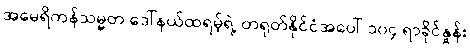
အမေရိကန်သမ္မတ ဒေါ်နယ်ထရမ့်ရဲ့ တရုတ်နိုင်ငံအပေါ် ၁၀၄ ရာခိုင်နှုန်း